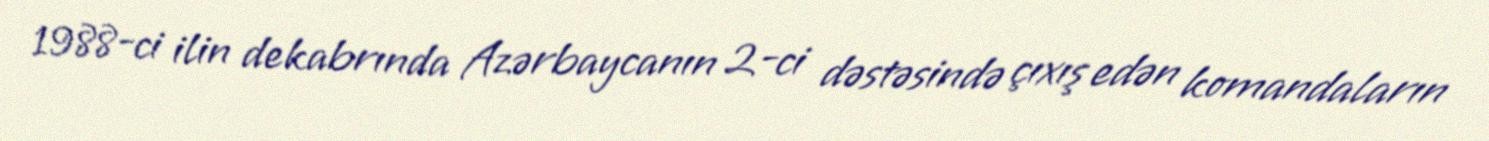
1988-ci ilin dekabrında Azərbaycanın 2-ci dəstəsində çıxış edən komandaların